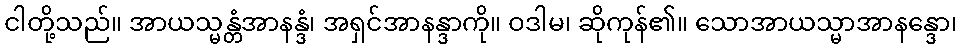
ငါတို့သည်။ အာယသ္မန္တံအာနန္ဒံ၊ အရှင်အာနန္ဒာကို။ ဝဒါမ၊ ဆိုကုန်၏။ သောအာယသ္မာအာနန္ဒော၊